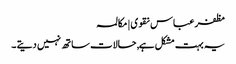
مظفر عباس نقوی | مکالمہ
یہ بہت مشکل ہے, حالات ساتھ نہیں دیتے ۔